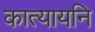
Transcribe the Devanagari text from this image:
कात्यायनि